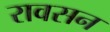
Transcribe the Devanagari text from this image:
रावसन